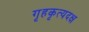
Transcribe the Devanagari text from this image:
गृहकृत्यदक्ष